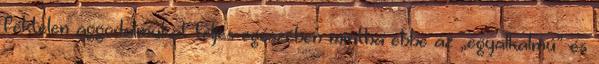
fék­telen aggodalmukat teljes egészében mintha ebbe az „egyalkalmú” és